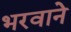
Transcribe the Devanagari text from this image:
भरवाने